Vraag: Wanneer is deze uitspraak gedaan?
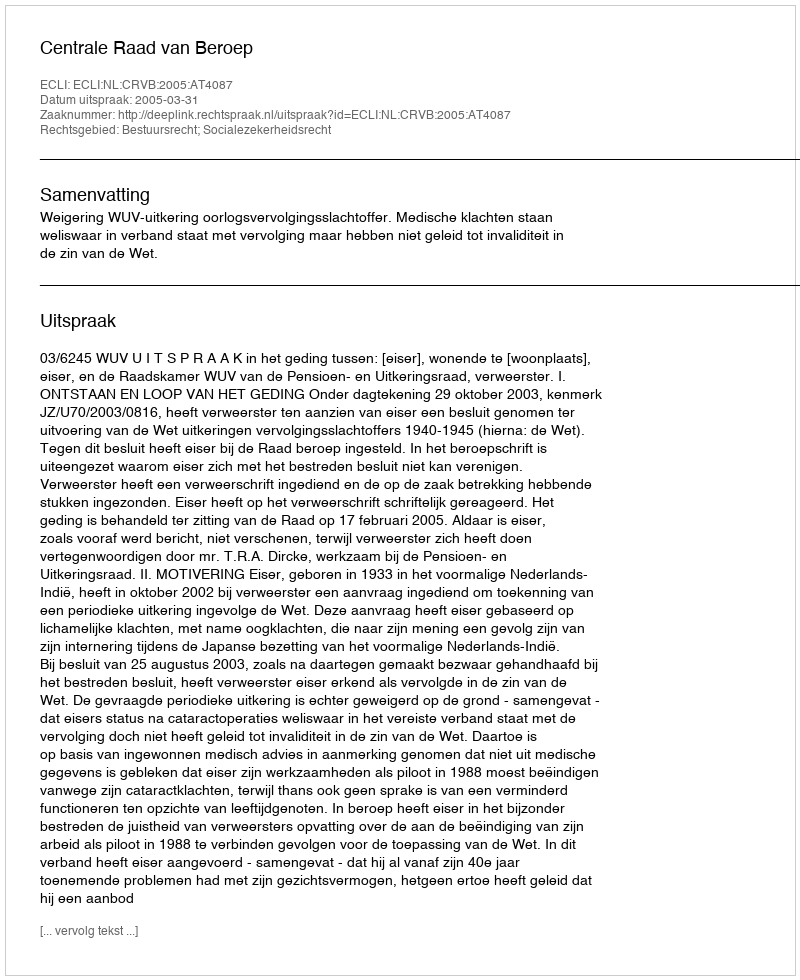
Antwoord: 2005-03-31